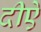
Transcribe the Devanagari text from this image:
दीऐ